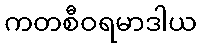
ကတစီဝရမာဒါယ